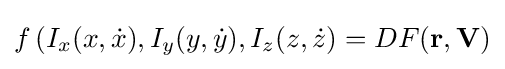
f\left(I_{x}(x,{\dot {x}}),I_{y}(y,{\dot {y}}),I_{z}(z,{\dot {z}}\right)=DF(\mathbf {r} ,\mathbf {V} )